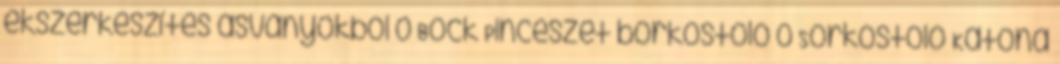
ékszerkészítés ásványokból 0 Bock Pincészet borkóstoló 0 Sörkóstoló Katona